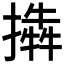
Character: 𢵜